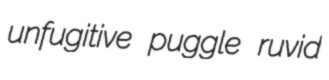
unfugitive puggle ruvid